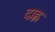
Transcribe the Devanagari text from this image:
दाह्ल